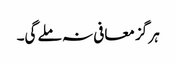
ہر گز معافی نہ ملے گی۔